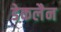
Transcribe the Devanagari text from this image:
डेकलैन